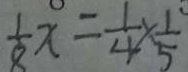
\frac { 1 } { 8 } x = \frac { 1 } { 4 } \times \frac { 1 } { 5 }